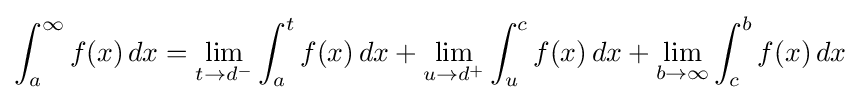
\int _{a}^{\infty }f(x)\,dx=\lim _{t\to d^{-}}\int _{a}^{t}f(x)\,dx+\lim _{u\to d^{+}}\int _{u}^{c}f(x)\,dx+\lim _{b\to \infty }\int _{c}^{b}f(x)\,dx